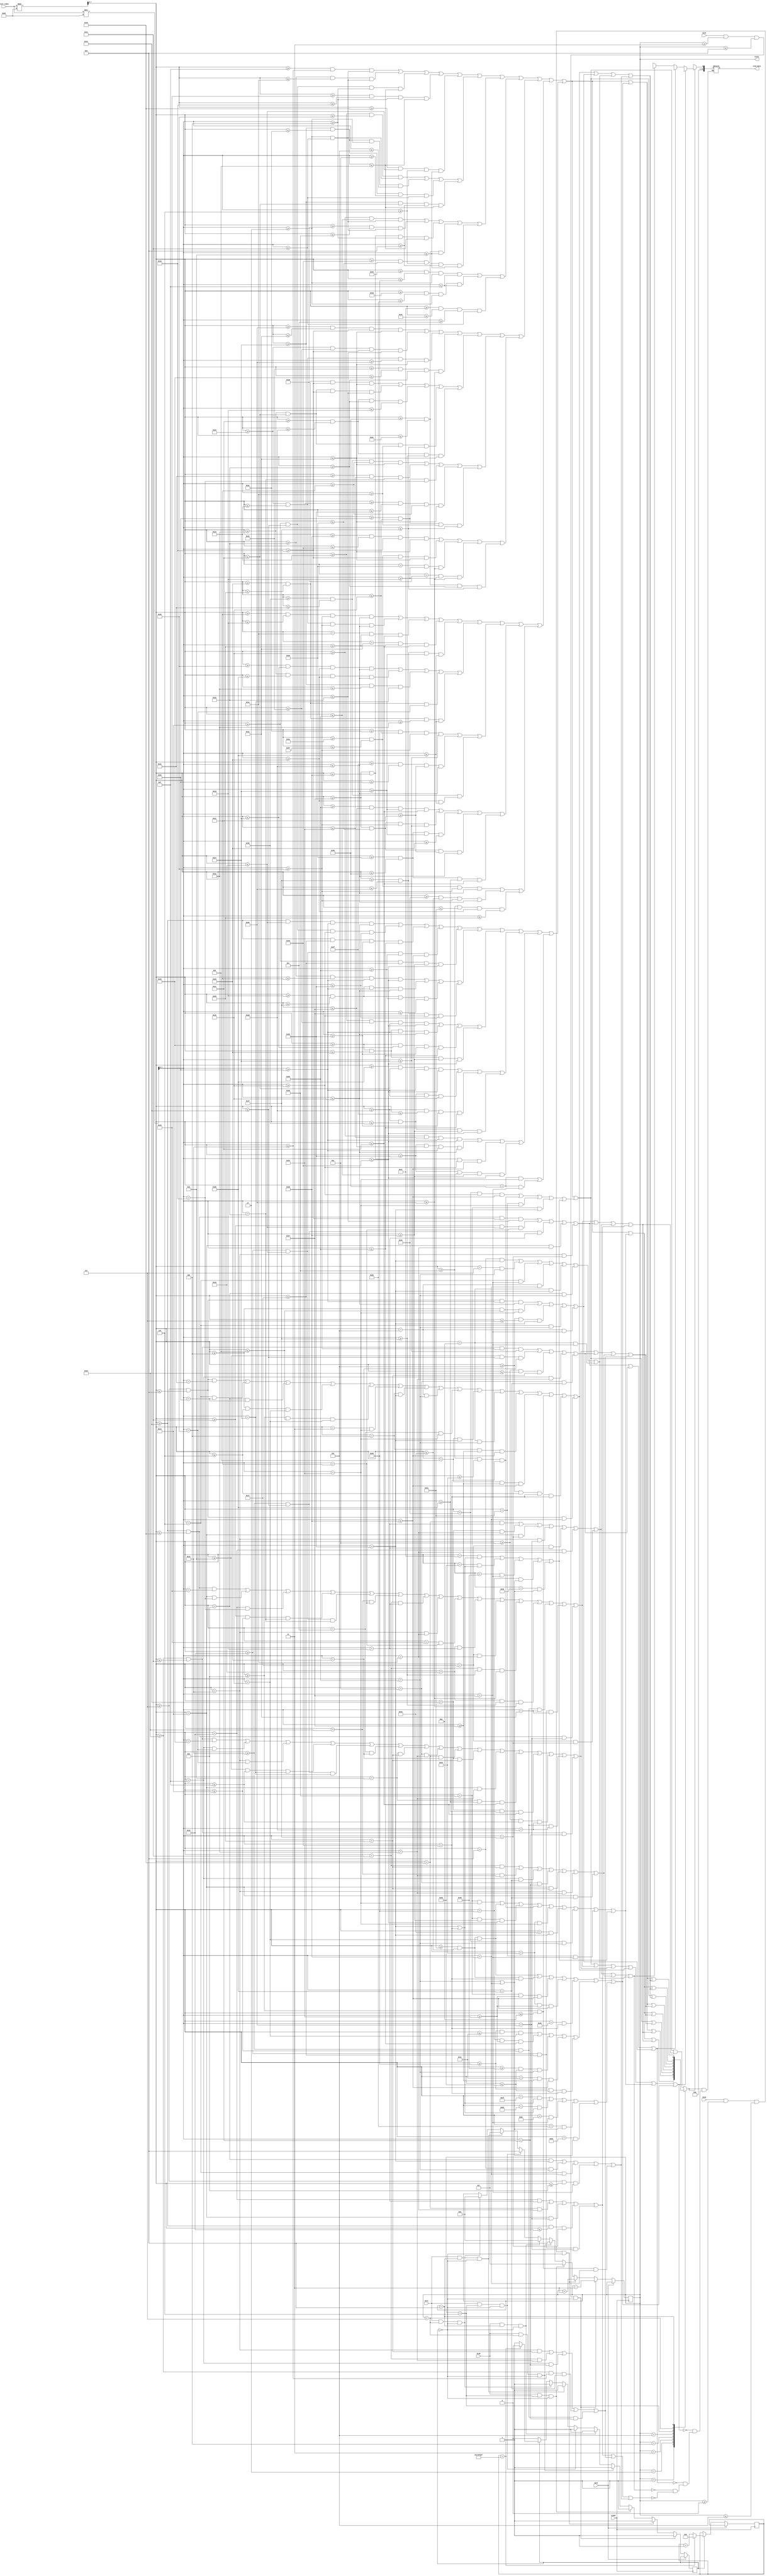
module menu(
    input [12:0] pixel_index,
    input CLOCK,
    btnU, btnD, btnR, btnL,
    output reg [15:0] oled_data,
    output reg [3:0] state = 0,
    input sw14
    );
    
    wire [7:0] x = pixel_index % 96;
    wire [7:0] y = pixel_index / 96;
    
    wire [15:0] menudisplay[0:8];
   
    wire menu, draw, watch, speed;
    wire onetimes, twotimes, halftimes;
    wire M, E, N, U;
    wire d1, r, a1, w1, w2, a2, t, c, h, s, p, e1, e2, d2, colon;
    wire one, times1, two, zero, point, five, times2;
    
    wire star1, star2, star3;
    wire star1_black, star1_lightyellow, star1_yellow, star1_darkyellow;
    wire star2_black, star2_lightyellow, star2_yellow, star2_darkyellow;
    wire star3_black, star3_lightyellow, star3_yellow, star3_darkyellow;  
    
    wire black, lightyellow, yellow, darkyellow;  
    
    assign menudisplay[0] = (menu || draw || watch || speed || onetimes || star1);
    assign menudisplay[1] = (menu || draw || watch || speed || twotimes || star1);
    assign menudisplay[2] = (menu || draw || watch || speed || halftimes || star1);
    
    assign menudisplay[3] = (menu || draw || watch || speed || onetimes || star2);
    assign menudisplay[4] = (menu || draw || watch || speed || twotimes || star2);
    assign menudisplay[5] = (menu || draw || watch || speed || halftimes || star2);
    
    assign menudisplay[6] = (menu || draw || watch || speed || onetimes || star3);
    assign menudisplay[7] = (menu || draw || watch || speed || twotimes || star3);
    assign menudisplay[8] = (menu || draw || watch || speed || halftimes || star3);
   
    assign black = (menu || draw || watch || speed || onetimes || star1_black || star2_black || star3_black ||
                    twotimes || halftimes);
    assign lightyellow = star1_lightyellow || star2_lightyellow || star3_lightyellow;
    assign yellow = star1_yellow || star2_yellow || star3_yellow;
    assign darkyellow = star1_darkyellow || star2_darkyellow || star3_darkyellow;                   
   
    assign star1 = star1_black || star1_lightyellow || star1_yellow || star1_darkyellow;
    assign star2 = star2_black || star2_lightyellow || star2_yellow || star2_darkyellow;
    assign star3 = star3_black || star3_lightyellow || star3_yellow || star3_darkyellow;
    
    assign menu = M || E || N || U;
    assign draw = (d1 || r || a1 || w1);
    assign watch = (w2 || a2 || t || c || h);
    assign speed = (s || p || e1 || e2 || d2 || colon);
    assign onetimes = (one || times1);
    assign twotimes = (two || times1);
    assign halftimes = (zero || point || five || times2);
    
    assign star1_black = (x >= 20 && x <= 21 && y == 25) || (x == 19 && y == 26) || (x == 22 && y == 26) ||
                         (x >= 17 && x <= 19 && y == 27) || (x >= 22 && x <= 24 && y == 27) ||
                         (x == 16 && y == 28) || (x == 17 && y == 29) || (x == 18 && y == 30) ||
                         (x == 25 && y == 28) || (x == 24 && y == 29) || (x == 23 && y == 30) || 
                         (x == 17 && y >= 31 && y <= 32) || (x == 24 && y >= 31 && y <= 32) || 
                         (x >= 18 && x <= 19 && y == 33) || (x >= 22 && x <= 23 && y == 33) ||
                         (x >= 20 && x <= 21 && y == 32);
    assign star1_lightyellow = (x >= 20 && x <= 21 && y >= 26 && y <= 27) || (x >= 17 && x <= 24 && y == 28) ||
                               (x >= 18 && x <= 20 && y == 29) || (x == 19 && y == 30) || (x == 18 && y == 31);
    assign star1_yellow = (x == 21 && y == 29) || (x == 20 && y == 30) || (x == 19 && y == 31) || (x == 18 && y == 32) ||
                          (x == 23 && y == 29) || (x == 22 && y == 30) || (x == 23 && y == 31);
    assign star1_darkyellow = (x == 22 && y == 29) || (x == 21 && y == 30) || (x == 19 && y == 32) || 
                              (x >= 20 && x <= 22 && y == 31) || (x >= 22 && x <= 23 && y == 32);
                              
    assign star2_black = (x >= 16 && x <= 17 && y == 37) || (x == 15 && y == 38) || (x == 18 && y == 38) ||
                         (x >= 13 && x <= 15 && y == 39) || (x >= 18 && x <= 20 && y == 39) ||
                         (x == 12 && y == 40) || (x == 13 && y == 41) || (x == 14 && y == 42) ||
                         (x == 21 && y == 40) || (x == 20 && y == 41) || (x == 19 && y == 42) || 
                         (x == 13 && y >= 43 && y <= 44) || (x == 20 && y >= 43 && y <= 44) || 
                         (x >= 14 && x <= 15 && y == 45) || (x >= 18 && x <= 19 && y == 45) ||
                         (x >= 16 && x <= 17 && y == 44);
    assign star2_lightyellow = (x >= 16 && x <= 17 && y >= 38 && y <= 39) || (x >= 13 && x <= 20 && y == 40) ||
                               (x >= 14 && x <= 16 && y == 41) || (x == 15 && y == 42) || (x == 14 && y == 43);
    assign star2_yellow = (x == 17 && y == 41) || (x == 16 && y == 42) || (x == 15 && y == 43) || (x == 14 && y == 44) ||
                          (x == 19 && y == 41) || (x == 18 && y == 42) || (x == 19 && y == 43);
    assign star2_darkyellow = (x == 18 && y == 41) || (x == 17 && y == 42) || (x == 15 && y == 44) || 
                              (x >= 16 && x <= 18 && y == 43) || (x >= 18 && x <= 19 && y == 44);
                              
    assign star3_black = (x >= 7 && x <= 8 && y == 49) || (x == 6 && y == 50) || (x == 9 && y == 50) ||
                         (x >= 4 && x <= 6 && y == 51) || (x >= 9 && x <= 11 && y == 51) ||
                         (x == 3 && y == 52) || (x == 4 && y == 53) || (x == 5 && y == 54) ||
                         (x == 12 && y == 52) || (x == 11 && y == 53) || (x == 10 && y == 54) || 
                         (x == 4 && y >= 55 && y <= 56) || (x == 11 && y >= 55 && y <= 56) || 
                         (x >= 5 && x <= 6 && y == 57) || (x >= 9 && x <= 10 && y == 57) ||
                         (x >= 7 && x <= 8 && y == 56);
    assign star3_lightyellow = (x >= 7 && x <= 8 && y >= 50 && y <= 51) || (x >= 4 && x <= 11 && y == 52) ||
                               (x >= 5 && x <= 7 && y == 53) || (x == 6 && y == 54) || (x == 5 && y == 55);
    assign star3_yellow = (x == 8 && y == 53) || (x == 7 && y == 54) || (x == 6 && y == 55) || (x == 5 && y == 56) ||
                          (x == 10 && y == 53) || (x == 9 && y == 54) || (x == 10 && y == 55);
    assign star3_darkyellow = (x == 9 && y == 53) || (x == 8 && y == 54) || (x == 6 && y == 56) || 
                              (x >= 7 && x <= 9 && y == 55) || (x >= 9 && x <= 10 && y == 56);
    
    wire menu_height;                          
    assign menu_height = (y >= 2 && y <= 17);
    assign M = (x >= 15 && x <= 18 && menu_height) || (x >= 27 && x <= 30 && menu_height) ||
                (x >= 19 && x <= 20 && y >= 4 && y <= 11) || (x >= 25 && x <= 26 && y >= 4 && y <= 11) || 
                (x >= 21 && x <= 24 && y >= 6 && y <= 13);
    assign E = (x >= 35 && x <= 38 && menu_height) || (x >= 39 && x <= 46 && y >= 2 && y <= 5) ||
               (x >= 39 && x <= 46 && y >= 14 && y <= 17) || (x >= 39 && x <= 44 && y >= 8 && y <= 11);
    assign N = (x >= 51 && x <= 54 && menu_height) || (x >= 61 && x <= 64 && menu_height) ||
               (x >= 55 && x <= 56 && y >= 4 && y <= 11) || (x >= 57 && x <= 58 && y >= 6 && y <= 13) || 
               (x >= 59 && x <= 60 && y >= 8 && y <= 13);
    assign U = (x >= 69 && x <= 72 && y >= 2 && y <= 15) || (x >= 77 && x <= 80 && y >= 2 && y <= 15) || 
               (x >= 71 && x <= 78 && y >= 12 && y <= 17);
               
    assign d1 = (x >= 32 && x <= 33 && y >= 26 && y <= 33) || (x >= 34 && x <= 36 && y >= 26 && y <= 27) || 
                (x >= 34 && x <= 35 && y >= 32 && y <= 33) || (x >= 36 && x <= 37 && y >= 27 && y <= 32);
    assign r = (x >= 40 && x <= 41 && y >= 26 && y <= 33) || (x >= 42 && x <= 44 && y >= 26 && y <= 27) || 
               (x >= 44 && x <= 45 && y >= 27 && y <= 29) || (x >= 42 && x <= 44 && y >= 30 && y <= 31) || 
               (x >= 44 && x <= 45 && y >= 31 && y <= 33);
    assign a1 = (x >= 48 && x <= 49 && y >= 28 && y <= 33) || (x >= 49 && x <= 52 && y == 27) || 
                (x >= 50 && x <= 51 && y == 26) || (x >= 52 && x <= 53 && y >= 28 && y <= 33) ||
                (x >= 50 && x <= 51 && y >= 30 && y <= 31);
    assign w1 = (x >= 56 && x <= 57 && y >= 26 && y <= 33) || (x >= 62 && x <= 63 && y >= 26 && y <= 33) || 
                (x == 58 && y >= 29 && y <= 32) || (x == 61 && y >= 29 && y <= 32) || 
                (x >= 59 && x <= 60 && y >= 27 && y <= 31);
    assign w2 = (x >= 28 && x <= 29 && y >= 38 && y <= 45) || (x >= 34 && x <= 35 && y >= 38 && y <= 45) || 
                (x == 30 && y >= 41 && y <= 44) || (x == 33 && y >= 41 && y <= 44) || 
                (x >= 31 && x <= 32 && y >= 39 && y <= 43);
    assign a2 = (x >= 38 && x <= 39 && y >= 40 && y <= 45) || (x >= 42 && x <= 43 && y >= 40 && y <= 45) ||
                (x >= 39 && x <= 42 && y == 39) || (x >= 40 && x <= 41 && y == 38) || (x >= 40 && x <= 41 && y >= 42 && y <= 43);
    assign t = (x >= 46 && x <= 51 && y >= 38 && y <= 39) || (x >= 47 && x <= 50 && y >= 44 && y <= 45) || (x >= 48 && x <= 49 && y >= 40 & y <= 43);
    assign c = (x >= 54 && x <= 55 && y >= 39 && y <= 44) || (x >= 55 && x <= 58 && y >= 38 && y <= 39) || 
               (x >= 58 && x <= 59 && y >= 39 && y <= 40) || (x >= 55 && x <= 58 && y >= 44 && y <= 45) || (x >= 58 && x <= 59 && y >= 43 && y <= 44);
    assign h = (x >= 62 && x <= 63 && y >= 38 && y <= 45) || (x >= 66 && x <= 67 && y >= 38 && y <= 45) ||
               (x >= 64 && x <= 65 && y >= 40 && y <= 41);
    assign s = (x >= 20 && x <= 24 && y >= 50 && y <= 51) || (x >= 19 && x <= 20 && y >= 51 && y <= 53) ||
               (x >= 20 && x <= 23 && y >= 53 && y <= 54) || (x >= 22 && x <= 24 && y >= 54 && y <= 56) || 
               (x >= 19 && x <= 23 && y >= 56 && y <= 57);
    assign p = (x >= 27 && x <= 28 && y >= 50 && y <= 57) || (x >= 29 && x <= 31 && y >= 50 && y <= 51) ||
               (x >= 29 && x <= 31 && y >= 54 && y <= 55) || (x >= 31 && x <= 32 && y >= 51 && y <= 53);
    assign e1 = (x >= 35 && x <= 36 && y >= 50 && y <= 57) || (x >= 37 && x <= 40 && y >= 50 && y <= 51) || 
                (x >= 37 && x <= 39 && y >= 53 && y <= 54) || (x >= 37 && x <= 40 && y >= 56 && y <= 57);
    assign e2 = (x >= 43 && x <= 44 && y >= 50 && y <= 57) || (x >= 45 && x <= 48 && y >= 50 && y <= 51) || 
                (x >= 45 && x <= 47 && y >= 53 && y <= 54) || (x >= 45 && x <= 48 && y >= 56 && y <= 57);
    assign d2 = (x >= 51 && x <= 52 && y >= 50 && y <= 57) || (x >= 53 && x <= 55 && y >= 50 && y <= 51) ||
                (x >= 55 && x <= 56 && y >= 51 && y <= 56) || (x >= 53 && x <= 54 && y >= 56 && y <= 57);
    assign colon = (x == 59 && y == 52) || (x == 59 && y == 55);
    assign one = (x == 66 && y >= 51 && y <= 56) || (x >= 64 && x <= 68 && y == 57) || (x == 65 && y == 52) ||
                 (x == 64 && y == 53);
    assign times1 = (x == 71 && (y == 53 || y == 57)) || (x == 75 && (y == 53 || y == 57)) || (x == 73 && y == 55) || 
                    (x == 72 && (y == 54 || y == 56)) || (x == 74 && (y == 54 || y == 56)) ;
    assign two = (x == 64 && y == 52) || (x >= 65 && x <= 67 && y == 51) || (x == 64 && y >= 56 && y <= 57) ||
                 (x >= 64 && x <= 68 && y == 57) || (x == 68 && y == 52) || (x == 67 && y == 53) || (x == 66 && y == 54) ||
                 (x == 65 && y == 55);
    assign zero = (x >= 65 && x <= 67 && y == 51) || (x >= 65 && x <= 67 && y == 57) ||
                  (x == 64 && y >= 52 && y <= 56) || (x == 68 && y >= 52 && y <= 56);
    assign point = (x == 70 && y == 57);
    assign five = (x >= 72 && x <= 76 && y == 51) || (x == 72 && y >= 52 && y <= 54) ||
                  (x >= 73 && x <= 75 && y == 54) || (x == 76 && y >= 55 && y <= 56) ||
                  (x >= 72 && x <= 75 && y == 57);
    assign times2 = (x == 79 && (y == 53 || y == 57)) || (x == 83 && (y == 53 || y == 57)) || (x == 81 && y == 55) || 
                    (x == 80 && (y == 54 || y == 56)) || (x == 82 && (y == 54 || y == 56));
    
    reg pressed = 0;
    reg [26:0] count = 0;
    
    always @(posedge CLOCK) begin
        if (sw14) begin
        end
        else begin
        if (pressed == 1) begin
            count <= (count == 24999999) ? 0 : count + 1;
            pressed <= (count == 24999999) ? 0 : 1;
        end
        if (btnU && state >= 3 && state <= 8 && pressed == 0) begin
            state <= state - 3;
            pressed <= 1;
        end
        else if (btnD && state >= 0 && state <= 5 && pressed == 0) begin
            state <= state + 3;
            pressed <= 1;
        end
        else if (btnR && state == 6 && pressed == 0) begin
            state <= 7;     //one times -> two times
            pressed <= 1;
        end
        else if (btnR && state == 7 && pressed == 0) begin
            state <= 8;     //two times -> half times
            pressed <= 1;
        end
        else if (btnR && state == 8 && pressed == 0) begin
            state <= 6;     //half times -> one times
            pressed <= 1;
        end
        else if (btnL && state == 6 && pressed == 0) begin
            state <= 8;      //half times <- one times
            pressed <= 1;
        end
        else if (btnL && state == 8 && pressed == 0) begin 
            state <= 7;     //two times <- half times
            pressed <= 1;
        end
        else if (btnL && state == 7 && pressed == 0) begin 
            state <= 6;     //one times <- two times
            pressed <= 1;
        end
        end
    end
    
    always @(*) begin
        if (menudisplay[state]) begin
            if (black)
                oled_data <= BLACK;
            else if (lightyellow)
                oled_data <= LIGHT_YELLOW;
            else if (yellow)
                oled_data <= YELLOW;
            else if (darkyellow)
                oled_data <= DARK_YELLOW;
        end
        else
            oled_data <= WHITE;
    end
endmodule